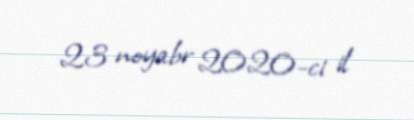
23 noyabr 2020-ci il